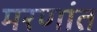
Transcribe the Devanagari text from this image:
मरणांत